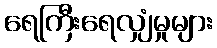
ရေကြီးရေလျှံမှုများ